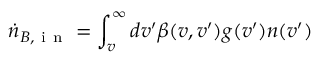
\dot { n } _ { B , \mathrm { ~ i ~ n ~ } } = \int _ { v } ^ { \infty } d v ^ { \prime } \beta ( v , v ^ { \prime } ) g ( v ^ { \prime } ) n ( v ^ { \prime } )